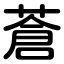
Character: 蒼